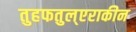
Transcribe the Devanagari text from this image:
तुहफतुल्एराकीन